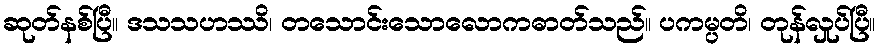
ဆုတ်နစ်ပြီ။ ဒသသဟဿိ၊ တသောင်းသောလောကဓာတ်သည်။ ပကမ္ပတိ၊ တုန်လှုပ်ပြီ။